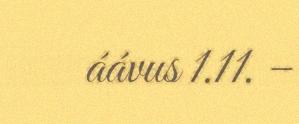
áávus 1.11. –